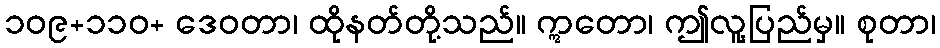
၁၀၉+၁၁၀+ ဒေဝတာ၊ ထိုနတ်တို့သည်။ ဣတော၊ ဤလူ့ပြည်မှ။ စုတာ၊